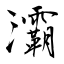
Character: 灞